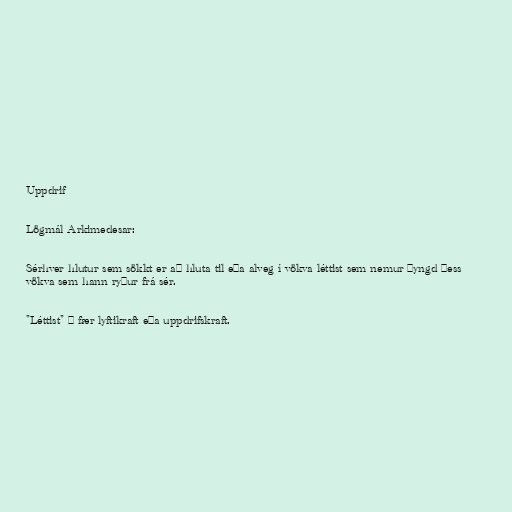
Uppdrif

Lögmál Arkimedesar:

Sérhver hlutur sem sökkt er að hluta til eða alveg í vökva léttist sem nemur þyngd þess
vökva sem hann ryður frá sér.

"Léttist" = fær lyftikraft eða uppdrifskraft.